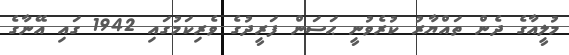
މުލީއާގެ ދެން ތައްޔާރު ކުރެވުނީ ޙަސަން ފަރީދުގެ ވެރިކަމުގައި 1942 ގައި އޭނާގެ